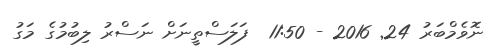
ނޮވެމްބަރު 24